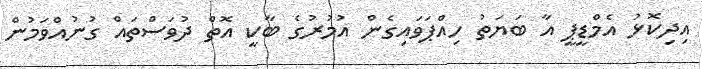
އިދިކޮޅު އެމްޑީޕީ އާ ބަޔަތު ހިއްޕަވައިގެން އުމުރުގެ ބާކީ އޮތް ދުވަސްތައް ގުނުއްވަމުން